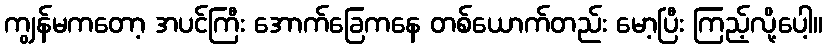
ကျွန်မကတော့ အပင်ကြီး အောက်ခြေကနေ တစ်ယောက်တည်း မော့ပြီး ကြည့်လို့ပေါ့။